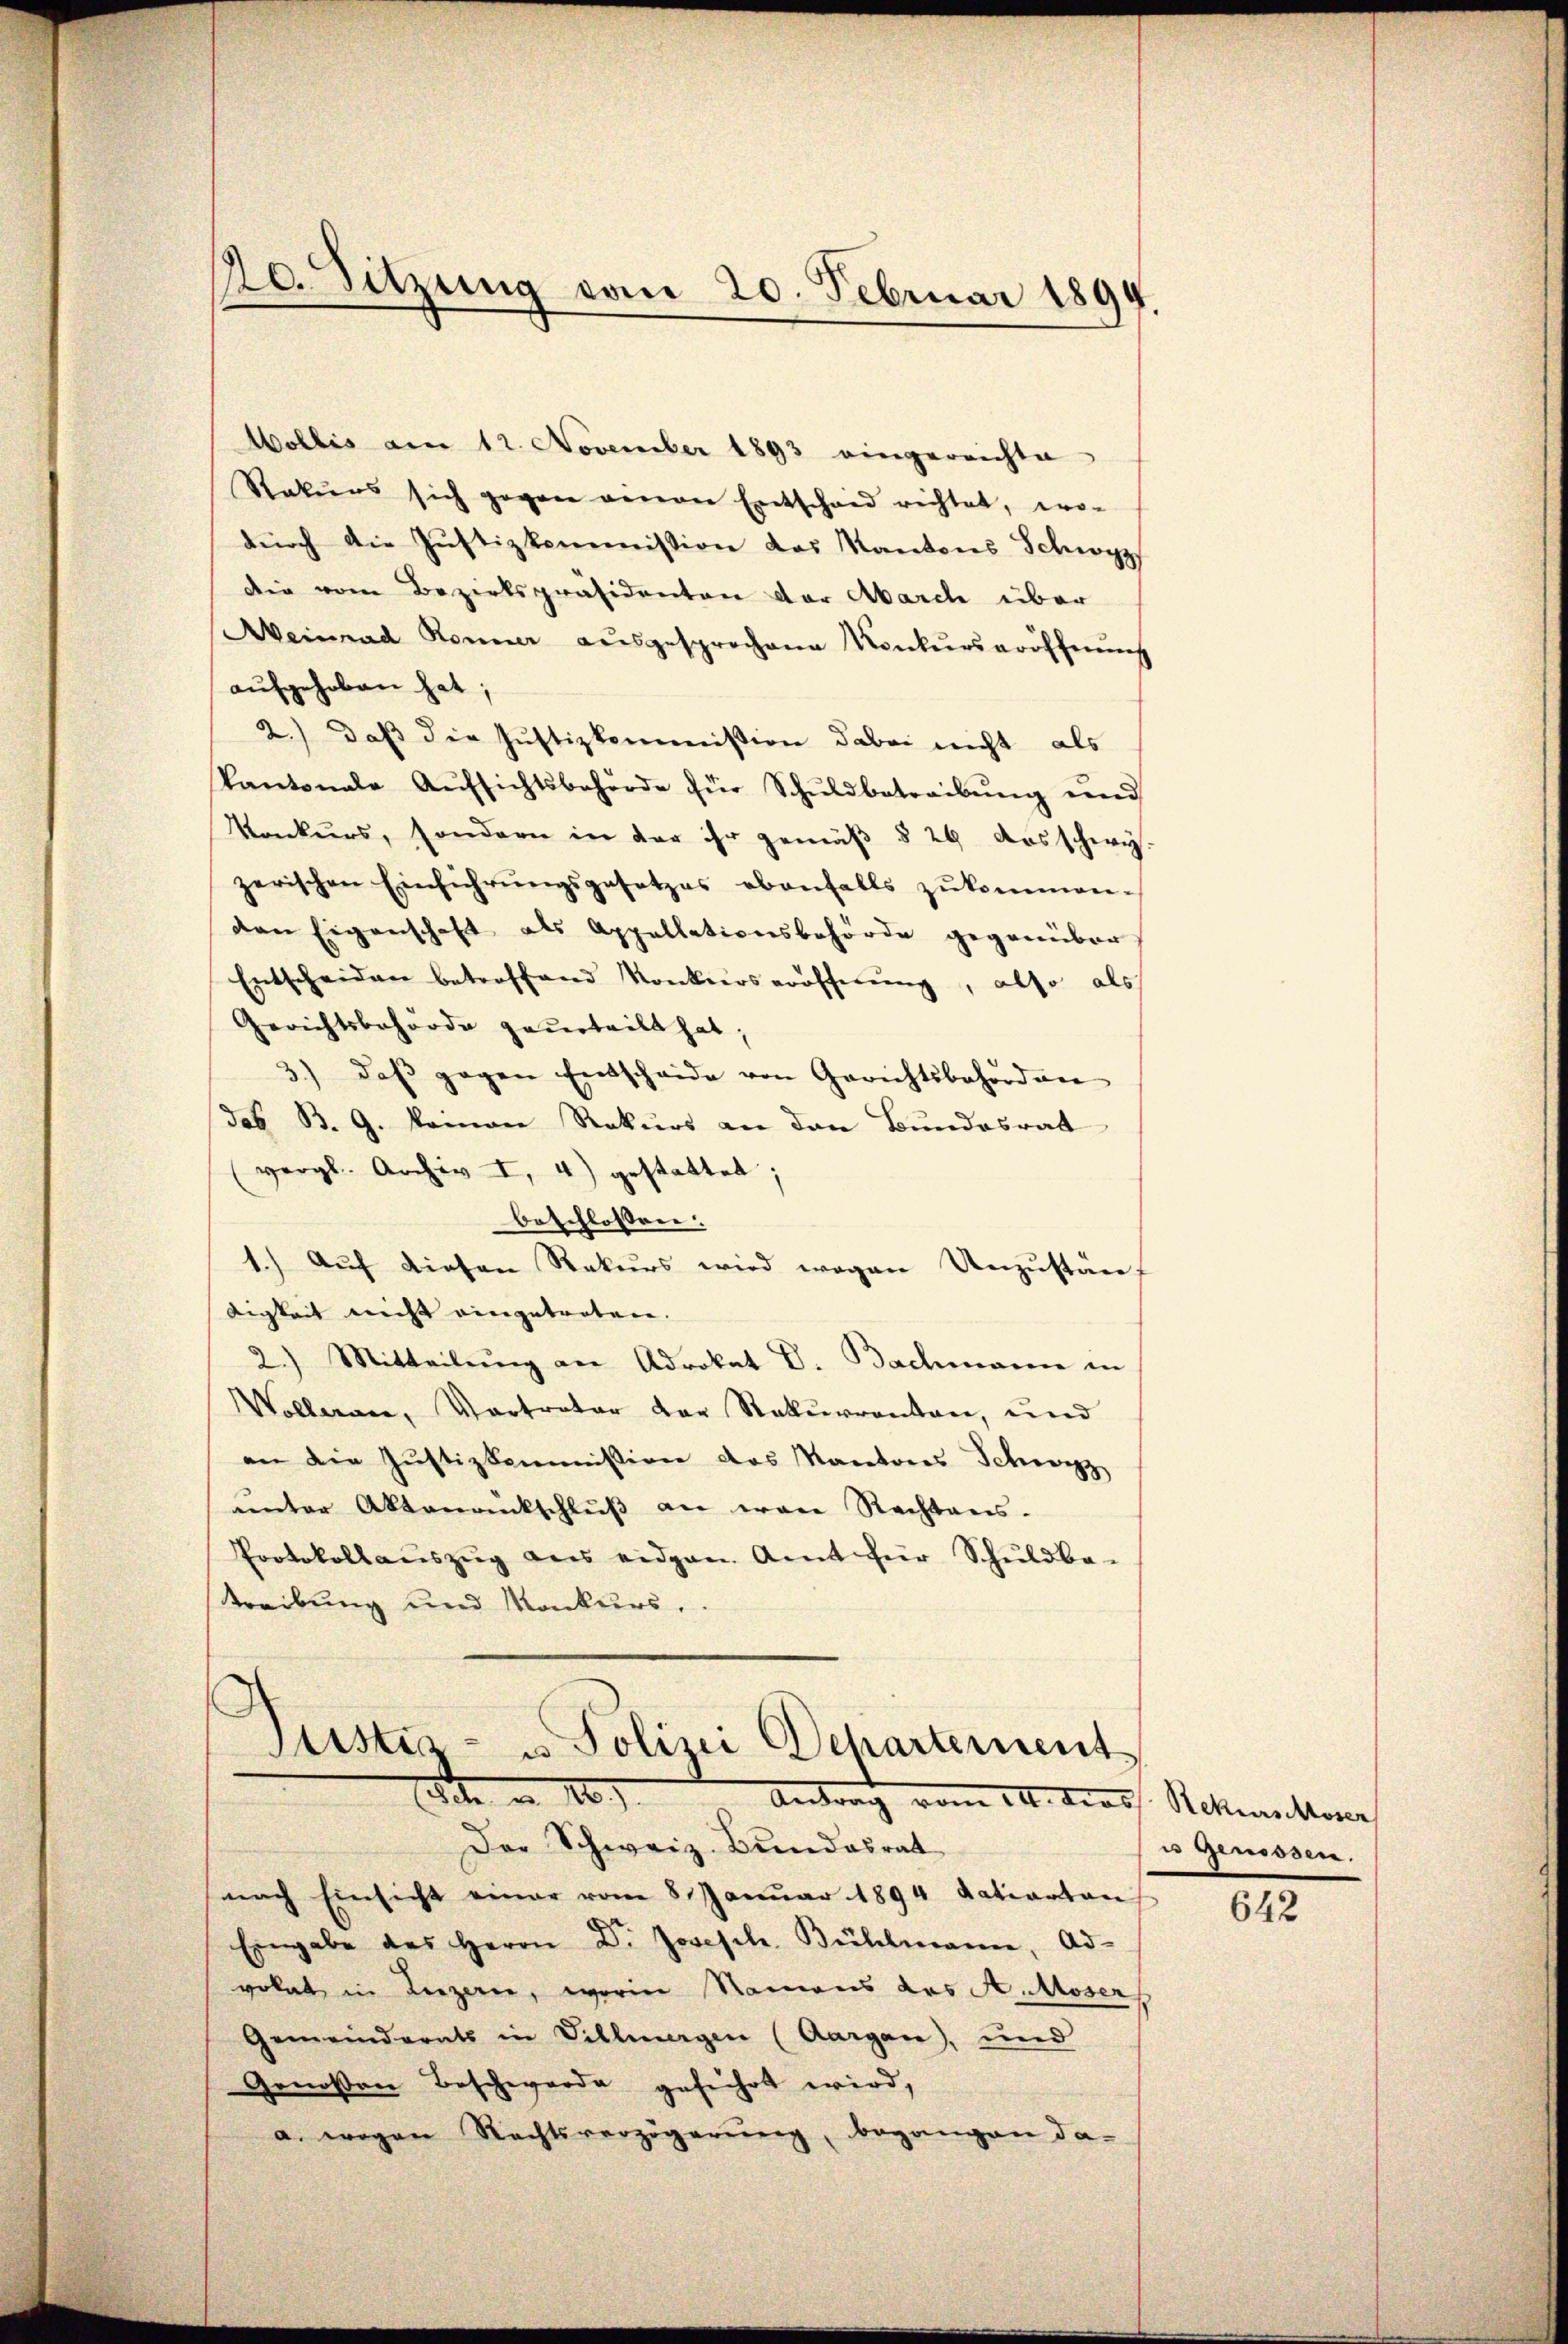
se. Sitzung vom 20. Februar 1894.

Wollis am 12. November 1893 eingereichte
Rakŭrs sich gegen genen Entschaid richtet, wo-
dŭrch die Justizkommission das Kantons Schwyz
die vom Bezirkspräsidenten der Abarch über
Aeinrad Konner aŭsgesprochene Konkurseröffnŭng
aufgehoben hat;
2.) Daß die Justizkommission dabei nicht als
Kantonale Aufsichtsbehörde für Schuldbetreibung und
Konkurs, sondern in der ihr gemäβ § 29 desschwy
zerischen Einführungsgesetzes ebenfalls zukommen-
den Eigenschaft als Appellationsbehörde gegenüber
Entscheiden betroffend Konkurseröfferŭng, also als
Gerichtsbehörde geurteilt hat;
3.) daβ gegen Entscheide von Gerichtsbehörden
des B. G. keinen Rekurs an den Bundesrat
(vergl. Archiv I. 4) gestattet;
beschlossen:
1.) Auf diesen Rekurs wird wegen Unzŭstän
digkeit nicht eingetreten.
2.) Mitteilŭng an Adrokat V. Bachmann in
Wollerace, Vortrator der Rekurrenten, und
an die Justizkommission das Manatores Schwyz,
unter Aktenantschlŭβ an wäre Rechtens.
Protokollaŭszŭg ans eidgen. Amt für Schŭldba-
treibung und Konkurs.

Sistiz- u Polizei Departement
A u. 167.
Antrag vom 14. Gross. Rekurskover

Der Schweiz. Bundesrat
nach Einsicht einer vom 8. Januar 1894 dationtan
Eingabe des Herrn Dr. Joseph. Bühlmann, Ad-
volat in Luzern, worin Namens das A. Moser
Gemeinderats in Villmergen (Aargau, und
Genossen Beschwerde geführt wird,
a. wegen Rechtsverzögerung, begangen da-

u Genossen.

642